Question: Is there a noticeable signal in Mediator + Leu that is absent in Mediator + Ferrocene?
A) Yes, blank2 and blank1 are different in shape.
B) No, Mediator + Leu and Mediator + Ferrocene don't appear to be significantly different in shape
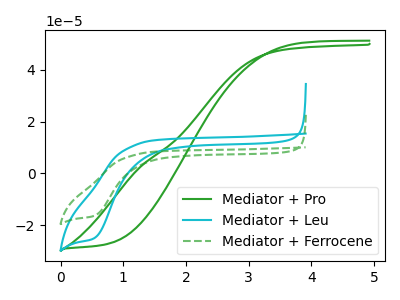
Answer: <think>The green curve "Mediator + Pro" has no peaks. The cyan curve "Mediator + Leu" has a cathodic peak at: (0.55V, -24.90uA). The green dashed curve "Mediator + Ferrocene" has a cathodic peak at: (0.55V, -16.30uA).
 All the peaks in "Mediator + Leu" have a peak in "Mediator + Ferrocene" at the same potential. Every peak in "Mediator + Leu" is higher than every peak in "Mediator + Ferrocene".</think>
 <answer>B) No, "Mediator + Leu" and "Mediator + Ferrocene" don't appear to be significantly different in shape</answer>
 <eval>B</eval>